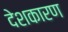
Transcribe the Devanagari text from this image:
देशकारण